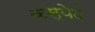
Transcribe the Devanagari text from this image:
कस्येदं